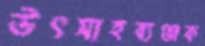
উৎসাহব্যঞ্জক